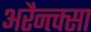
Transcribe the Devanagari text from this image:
अरैन्त्क्सा